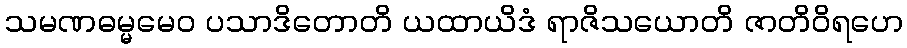
သမဏဓမ္မမေဝ ပသာဒိတောတိ ယထာယိဒံ ရာဇိသယောတိ ဇာတိဝိရဟေ